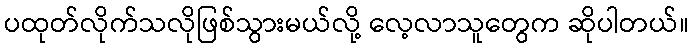
ပထုတ်လိုက်သလိုဖြစ်သွားမယ်လို့ လေ့လာသူတွေက ဆိုပါတယ်။